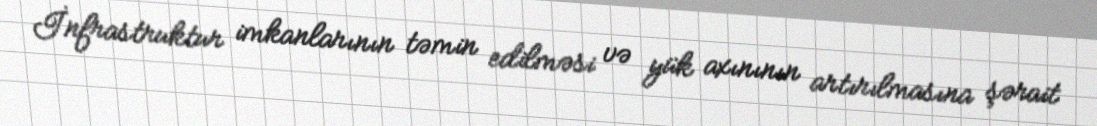
İnfrastruktur imkanlarının təmin edilməsi və yük axınının artırılmasına şərait